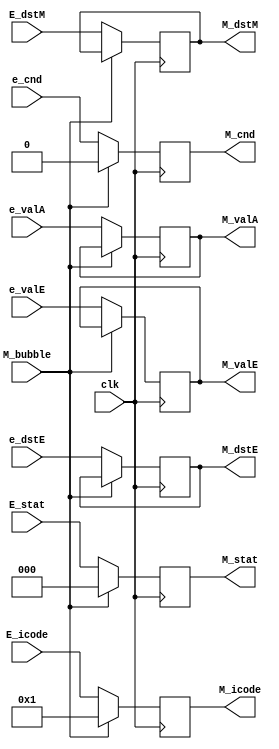
module mem_reg (
    clk,M_bubble,
    E_icode,E_stat,e_valE,e_valA,e_cnd,e_dstE,E_dstM,
    M_icode,M_stat,M_valE,M_valA,M_cnd,M_dstE,M_dstM
    );

input clk;
input e_cnd;
input [2:0] E_stat;
input [3:0] E_icode, e_dstE, E_dstM;
input [63:0] e_valA, e_valE;

input  M_bubble;
output reg M_cnd;
output reg [2:0] M_stat;
output reg [3:0] M_icode, M_dstE, M_dstM; 
output reg [63:0] M_valE, M_valA;

always @(posedge clk)
    begin

        if(!M_bubble)
        begin
            M_stat <= E_stat;
            M_cnd <= e_cnd;
            M_icode <= E_icode;
            M_valA <= e_valA;
            M_valE <= e_valE;
            M_dstE <= e_dstE;
            M_dstM <= E_dstM;
        end
        else
        begin
            M_stat <= 0;
            M_cnd <= 0;
            M_icode <= 4'b0001;
        end

    end
endmodule